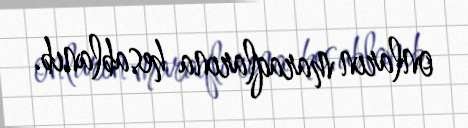
onların maraqlarına hesablanıb.